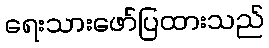
ရေးသားဖော်ပြထားသည်